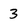
Character: 3